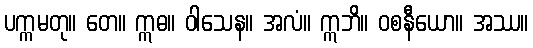
ပက္ကမတု။ တေ။ ဣဓ။ ဝါသေန။ အလံ။ ဣဘိ။ ဝစနီယော။ အဿ။